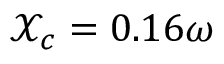
\mathcal { X } _ { c } = 0 . 1 6 \omega